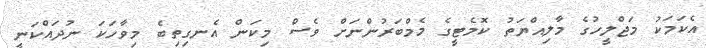
އެކަމަކު މަޖްލީހުގެ މާލިއްޔަތު ކޮމެޓީގެ މެމްބަރުންނަށް ވެސް މިކަން އެނގިތިބެ މިވާހަކަ ނުދައްކަނީ